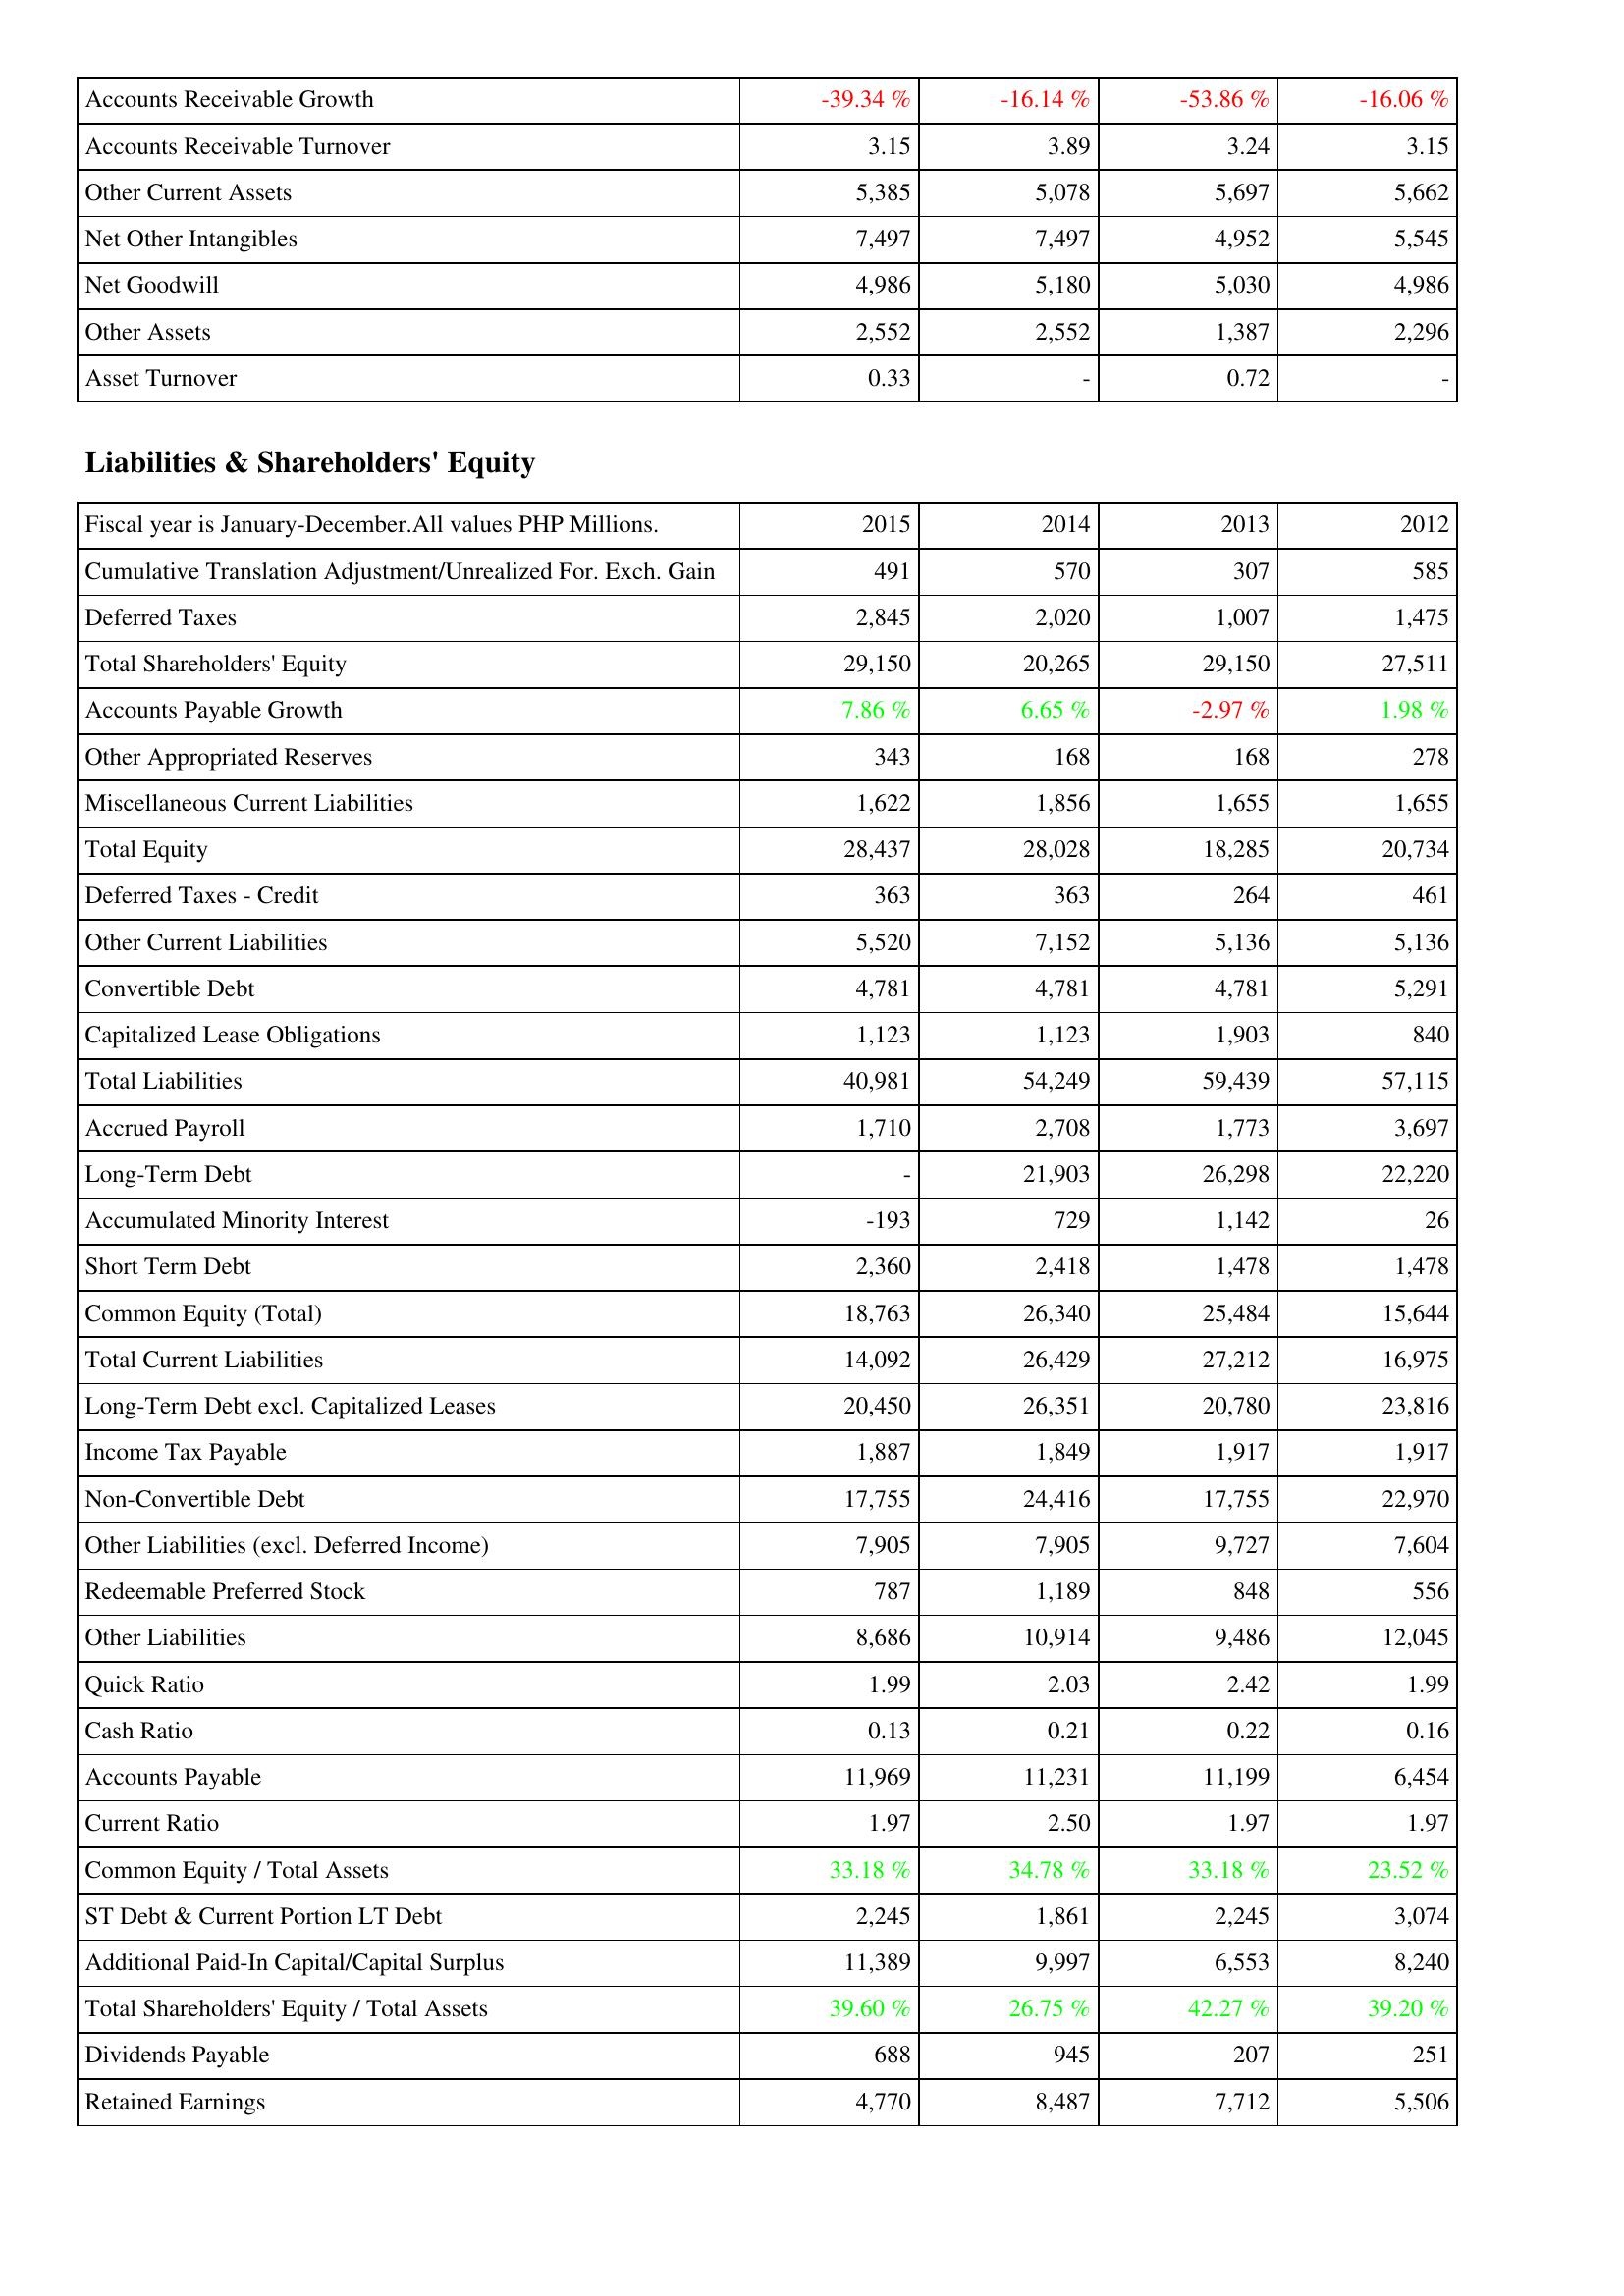
2015: Assets: Accounts Receivable Growth: -39.34 %
Accounts Receivable Turnover: 3.15
Other Current Assets: 5,385
Net Other Intangibles: 7,497
Net Goodwill: 4,986
Other Assets: 2,552
Asset Turnover: 0.33
Liabilities & Shareholders' Equity: Cumulative Translation Adjustment/Unrealized For. Exch. Gain: 491
Deferred Taxes: 2,845
Total Shareholders' Equity: 29,150
Accounts Payable Growth: 7.86 %
Other Appropriated Reserves: 343
Miscellaneous Current Liabilities: 1,622
Total Equity: 28,437
Deferred Taxes - Credit: 363
Other Current Liabilities: 5,520
Convertible Debt: 4,781
Capitalized Lease Obligations: 1,123
Total Liabilities: 40,981
Accrued Payroll: 1,710
Long-Term Debt: -
Accumulated Minority Interest: -193
Short Term Debt: 2,360
Common Equity (Total): 18,763
Total Current Liabilities: 14,092
Long-Term Debt excl. Capitalized Leases: 20,450
Income Tax Payable: 1,887
Non-Convertible Debt: 17,755
Other Liabilities (excl. Deferred Income): 7,905
Redeemable Preferred Stock: 787
Other Liabilities: 8,686
Quick Ratio: 1.99
Cash Ratio: 0.13
Accounts Payable: 11,969
Current Ratio: 1.97
Common Equity / Total Assets: 33.18 %
ST Debt & Current Portion LT Debt: 2,245
Additional Paid-In Capital/Capital Surplus: 11,389
Total Shareholders' Equity / Total Assets: 39.60 %
Dividends Payable: 688
Retained Earnings: 4,770
2014: Assets: Accounts Receivable Growth: -16.14 %
Accounts Receivable Turnover: 3.89
Other Current Assets: 5,078
Net Other Intangibles: 7,497
Net Goodwill: 5,180
Other Assets: 2,552
Asset Turnover: -
Liabilities & Shareholders' Equity: Cumulative Translation Adjustment/Unrealized For. Exch. Gain: 570
Deferred Taxes: 2,020
Total Shareholders' Equity: 20,265
Accounts Payable Growth: 6.65 %
Other Appropriated Reserves: 168
Miscellaneous Current Liabilities: 1,856
Total Equity: 28,028
Deferred Taxes - Credit: 363
Other Current Liabilities: 7,152
Convertible Debt: 4,781
Capitalized Lease Obligations: 1,123
Total Liabilities: 54,249
Accrued Payroll: 2,708
Long-Term Debt: 21,903
Accumulated Minority Interest: 729
Short Term Debt: 2,418
Common Equity (Total): 26,340
Total Current Liabilities: 26,429
Long-Term Debt excl. Capitalized Leases: 26,351
Income Tax Payable: 1,849
Non-Convertible Debt: 24,416
Other Liabilities (excl. Deferred Income): 7,905
Redeemable Preferred Stock: 1,189
Other Liabilities: 10,914
Quick Ratio: 2.03
Cash Ratio: 0.21
Accounts Payable: 11,231
Current Ratio: 2.50
Common Equity / Total Assets: 34.78 %
ST Debt & Current Portion LT Debt: 1,861
Additional Paid-In Capital/Capital Surplus: 9,997
Total Shareholders' Equity / Total Assets: 26.75 %
Dividends Payable: 945
Retained Earnings: 8,487
2013: Assets: Accounts Receivable Growth: -53.86 %
Accounts Receivable Turnover: 3.24
Other Current Assets: 5,697
Net Other Intangibles: 4,952
Net Goodwill: 5,030
Other Assets: 1,387
Asset Turnover: 0.72
Liabilities & Shareholders' Equity: Cumulative Translation Adjustment/Unrealized For. Exch. Gain: 307
Deferred Taxes: 1,007
Total Shareholders' Equity: 29,150
Accounts Payable Growth: -2.97 %
Other Appropriated Reserves: 168
Miscellaneous Current Liabilities: 1,655
Total Equity: 18,285
Deferred Taxes - Credit: 264
Other Current Liabilities: 5,136
Convertible Debt: 4,781
Capitalized Lease Obligations: 1,903
Total Liabilities: 59,439
Accrued Payroll: 1,773
Long-Term Debt: 26,298
Accumulated Minority Interest: 1,142
Short Term Debt: 1,478
Common Equity (Total): 25,484
Total Current Liabilities: 27,212
Long-Term Debt excl. Capitalized Leases: 20,780
Income Tax Payable: 1,917
Non-Convertible Debt: 17,755
Other Liabilities (excl. Deferred Income): 9,727
Redeemable Preferred Stock: 848
Other Liabilities: 9,486
Quick Ratio: 2.42
Cash Ratio: 0.22
Accounts Payable: 11,199
Current Ratio: 1.97
Common Equity / Total Assets: 33.18 %
ST Debt & Current Portion LT Debt: 2,245
Additional Paid-In Capital/Capital Surplus: 6,553
Total Shareholders' Equity / Total Assets: 42.27 %
Dividends Payable: 207
Retained Earnings: 7,712
2012: Assets: Accounts Receivable Growth: -16.06 %
Accounts Receivable Turnover: 3.15
Other Current Assets: 5,662
Net Other Intangibles: 5,545
Net Goodwill: 4,986
Other Assets: 2,296
Asset Turnover: -
Liabilities & Shareholders' Equity: Cumulative Translation Adjustment/Unrealized For. Exch. Gain: 585
Deferred Taxes: 1,475
Total Shareholders' Equity: 27,511
Accounts Payable Growth: 1.98 %
Other Appropriated Reserves: 278
Miscellaneous Current Liabilities: 1,655
Total Equity: 20,734
Deferred Taxes - Credit: 461
Other Current Liabilities: 5,136
Convertible Debt: 5,291
Capitalized Lease Obligations: 840
Total Liabilities: 57,115
Accrued Payroll: 3,697
Long-Term Debt: 22,220
Accumulated Minority Interest: 26
Short Term Debt: 1,478
Common Equity (Total): 15,644
Total Current Liabilities: 16,975
Long-Term Debt excl. Capitalized Leases: 23,816
Income Tax Payable: 1,917
Non-Convertible Debt: 22,970
Other Liabilities (excl. Deferred Income): 7,604
Redeemable Preferred Stock: 556
Other Liabilities: 12,045
Quick Ratio: 1.99
Cash Ratio: 0.16
Accounts Payable: 6,454
Current Ratio: 1.97
Common Equity / Total Assets: 23.52 %
ST Debt & Current Portion LT Debt: 3,074
Additional Paid-In Capital/Capital Surplus: 8,240
Total Shareholders' Equity / Total Assets: 39.20 %
Dividends Payable: 251
Retained Earnings: 5,506